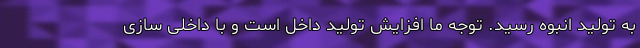
به تولید انبوه رسید. توجه ما افزایش تولید داخل است و با داخلی سازی